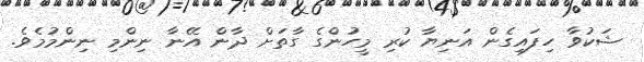
ޝަކުވާ ހިފައިގެން އަނިޔާ ކުރި މީހުންގެ ގާތަށް ދާން އޭނާ ނިންމި ނިންމުމެވެ.